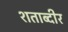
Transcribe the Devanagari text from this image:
शताब्दीर